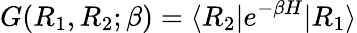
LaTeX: G(R_{1},R_{2};\beta)=\langle R_{2}|e^{-\beta H}|R_{1}\rangle